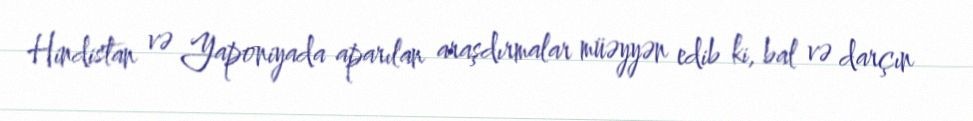
Hindistan və Yaponiyada aparılan araşdırmalar müəyyən edib ki, bal və darçın